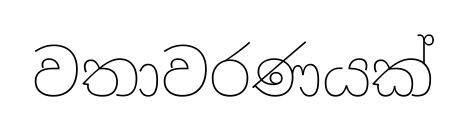
වතාවරණයක්